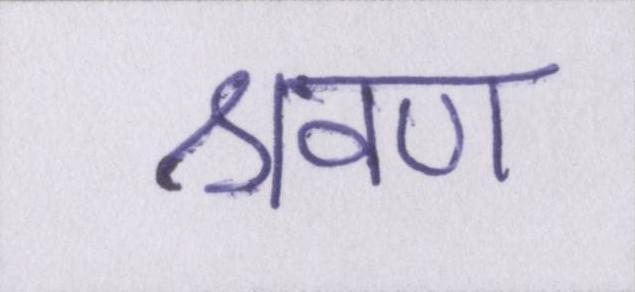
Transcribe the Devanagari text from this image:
श्रवण